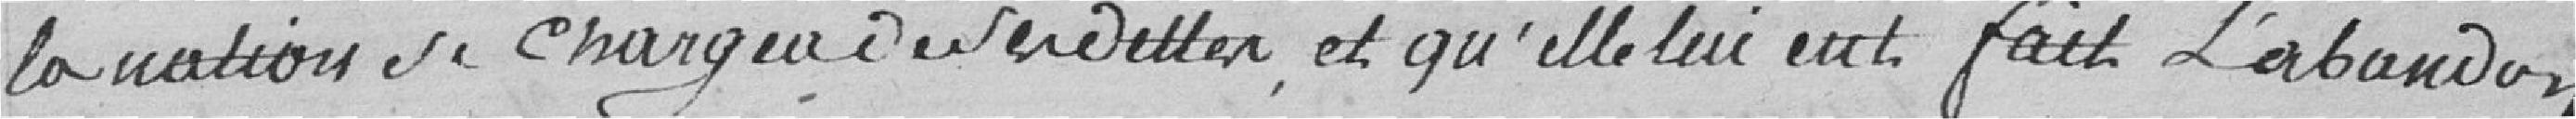
la nation se charge de ses dettes et qu'elle lui en fait l'abandon